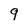
Character: 9